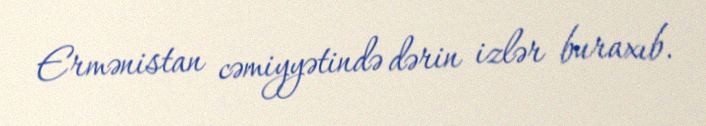
Ermənistan cəmiyyətində dərin izlər buraxıb.